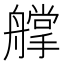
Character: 𦪦